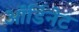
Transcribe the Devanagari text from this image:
ऑर्डिनेट